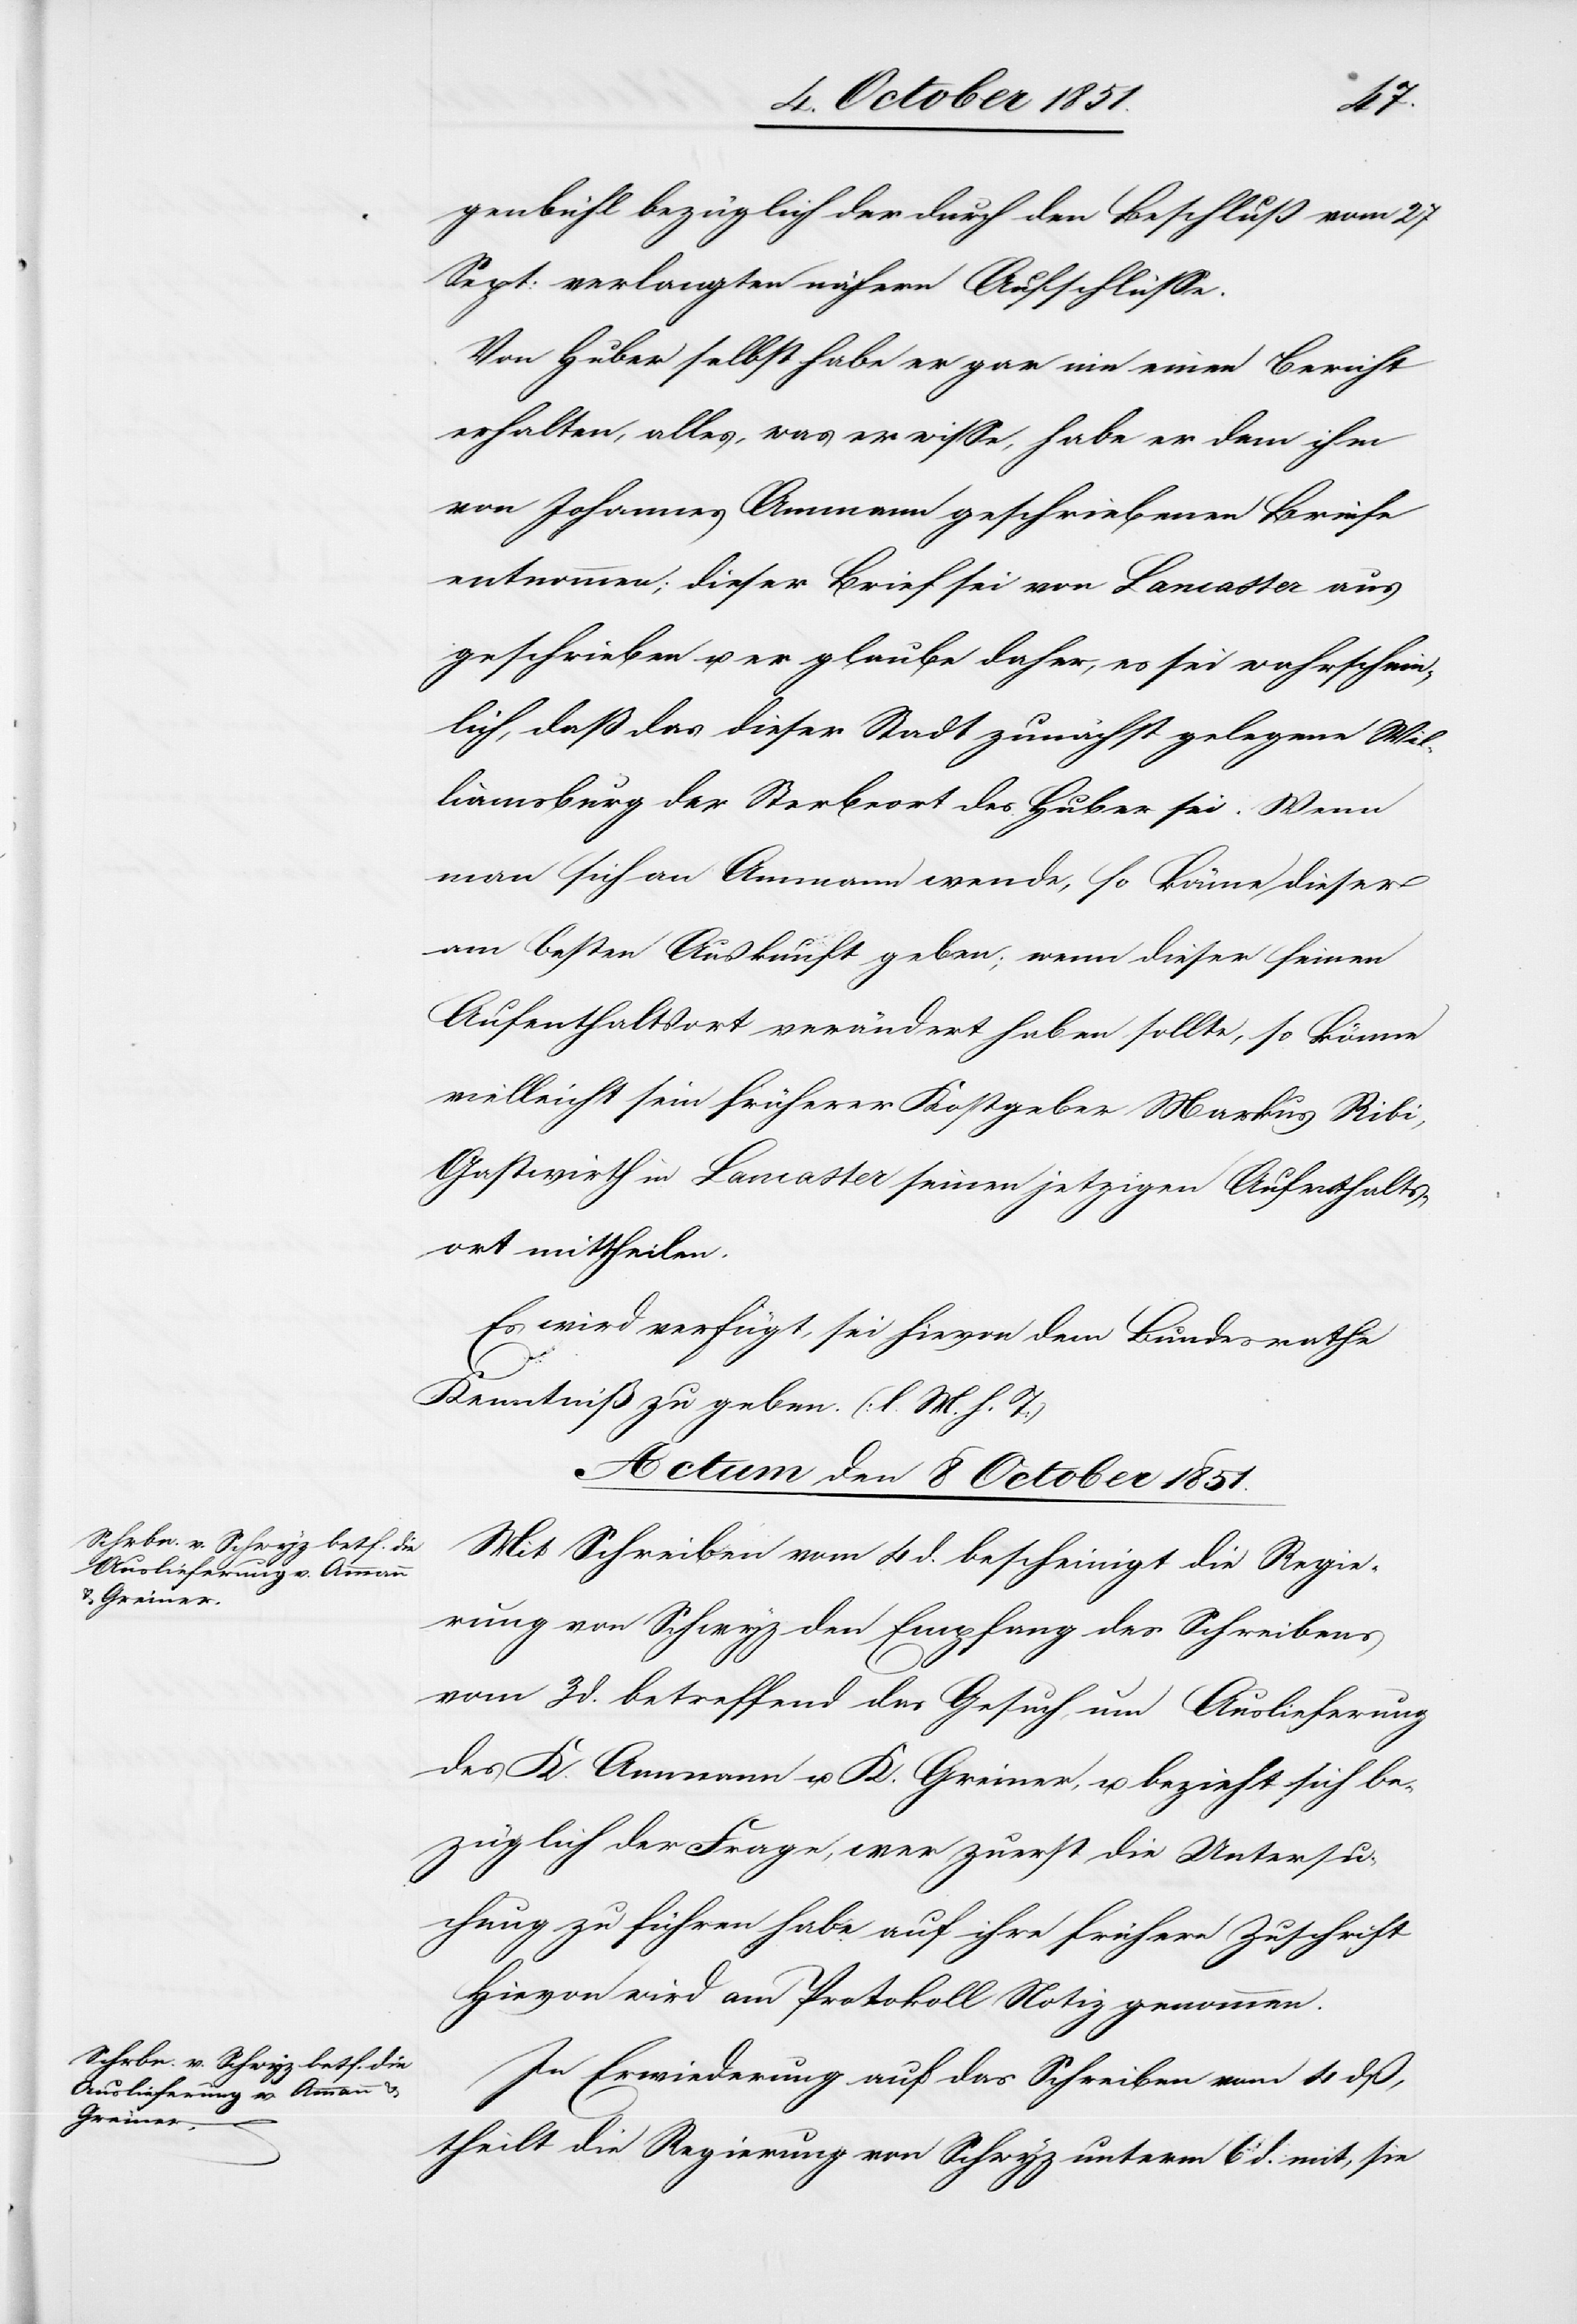
genbühl bezüglich der durch den Beschluß vom 27
Sept: verlangten nähern Aufschlüsse.
Von Huber selbst habe er gar nie einen Bericht
erhalten, alles, was er wisse, habe er dem ihm
von Johannes Ammann geschriebenen Briefe
entnommen; dieser Brief sei von Lancaster aus
geschrieben u. er glaube daher, es sei wahrschein¬
lich, daß das dieser Stadt zunächst gelegene Wil¬
liamsburg der Sterbeort des Huber sei. Wenn
man sich an Ammann wende, so könne dieser
am besten Auskunft geben; wenn dieser seinen
Aufenthaltsort verändert haben sollte, so könne
vielleicht sein früherer Kostgeber Markus Ribi,
Gastwirth in Lancaster seinen jetzigen Aufenthalts¬
ort mittheilen.
Es wird verfügt, sei hievon dem Bundesrathe
Kenntniß zu geben. (l. M. h. T.)
Actum den 8 October 1851.]
Mit Schreiben vom 4 d. bescheinigt die Regie¬
rung von Schwyz den Empfang des Schreibens
vom 3 d. betreffend das Gesuch um Auslieferung
des K. Ammann u. K. Greiner, u. bezieht sich be¬
züglich der Frage, wer zuerst die Untersu¬
chung zu führen habe auf ihre frühere Zuschrift
Hievon wird am Protokoll Notiz genommen.
In Erwiederung auf das Schreiben vom 4 dß,
theilt die Regierung von Schwyz unterm 6 d. mit, sie